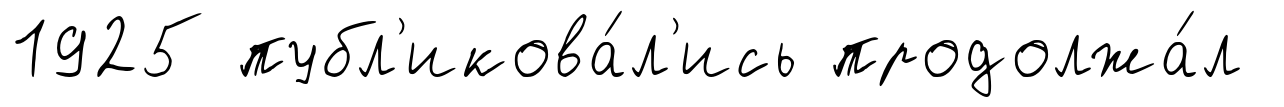
1925 публ'икова́л'ись продолжа́л